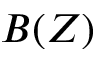
B ( Z )